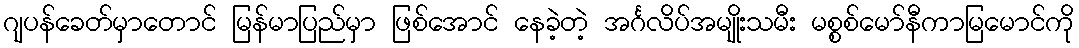
ဂျပန်ခေတ်မှာတောင် မြန်မာပြည်မှာ ဖြစ်အောင် နေခဲ့တဲ့ အင်္ဂလိပ်အမျိုးသမီး မစ္စစ်မော်နီကာမြမောင်ကို